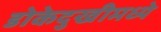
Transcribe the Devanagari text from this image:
डोकेदुखीमध्ये